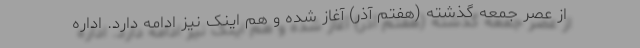
از عصر جمعه گذشته (هفتم آذر) آغاز شده و هم اینک نیز ادامه دارد. اداره